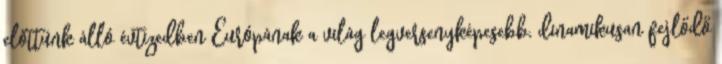
előttünk álló évtizedben Európának a világ legversenyképesebb, dinamikusan fejlődő